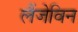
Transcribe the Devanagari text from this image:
लैंजेविन